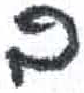
אות: ב